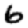
Digit: 6